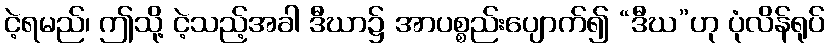
ငဲ့ရမည်၊ ဤသို့ ငဲ့သည့်အခါ ဒီဃာ၌ အာပစ္စည်းပျောက်၍ “ဒီဃ”ဟု ပုံလိန်ရုပ်